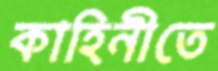
কাহিনীতে